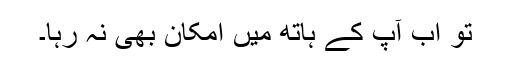
تو اب آپ کے ہاتھ میں امکان بھی نہ رہا۔